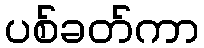
ပစ်ခတ်ကာ